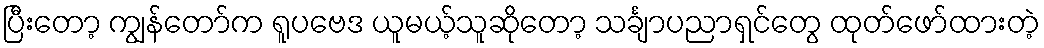
ပြီးတော့ ကျွန်တော်က ရူပဗေဒ ယူမယ့်သူဆိုတော့ သင်္ချာပညာရှင်တွေ ထုတ်ဖော်ထားတဲ့